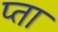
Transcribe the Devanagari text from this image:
प्ता